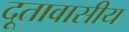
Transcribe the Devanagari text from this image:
दूतावासीय